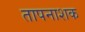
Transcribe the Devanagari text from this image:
तापनाशक